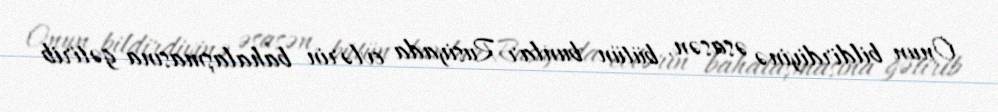
Onun bildirdiyinə əsasən, bütün bunlar Rusiyada evlərin bahalaşmasına gətirib